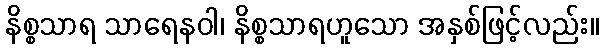
နိစ္စသာရ သာရေနဝါ၊ နိစ္စသာရဟူသော အနှစ်ဖြင့်လည်း။